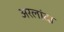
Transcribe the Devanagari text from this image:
अरलांदा